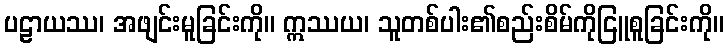
ပဠာယဿ၊ အဖျင်းမူခြင်းကို။ ဣဿယ၊ သူတစ်ပါး၏စည်းစိမ်ကိုငြူစူခြင်းကို။